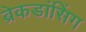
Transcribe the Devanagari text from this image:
ब्रेकडांसिंग